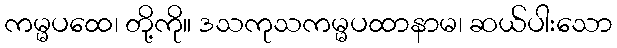
ကမ္မပထေ၊ တို့ကို။ ဒသကုသကမ္မပထာနာမ၊ ဆယ်ပါးသော